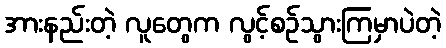
အားနည်းတဲ့ လူတွေက လွင့်စဉ်သွားကြမှာပဲတဲ့